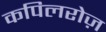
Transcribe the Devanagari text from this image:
कपिलरोज़